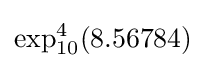
\exp _{10}^{4}(8.56784)